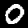
Digit: 0